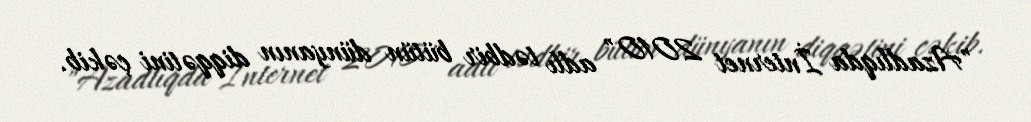
"Azadlıqda İnternet 2010" adlı tədbir bütün dünyanın diqqətini çəkib.